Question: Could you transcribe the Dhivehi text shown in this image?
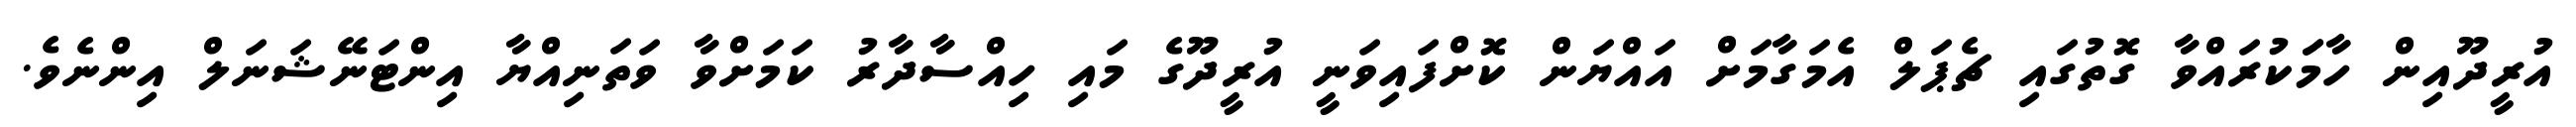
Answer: އުރީދޫއިން ހާމަަކުރައްވާ ގޮތުގައި ޗެޕަލް އެމަގާމަށް އައްޔަން ކޮށްފައިވަނީ އުރީދޫގެ މައި ހިއްސާދާރު ކަމަށްވާ ވަތަނިއްޔާ އިންޓަނޭޝަނަލް އިންނެވެ.